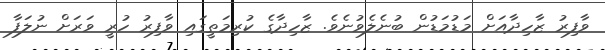
ވާފިރު ޒާހިދާއަށް މަޑުމަޑުން ބުނެލެވުނެވެ. ޒާހިދާގެ ކުރިމަތީގައި ވާފިރު ހުރީ ވަރަށް ނުލަފާ